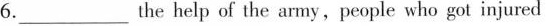
6. ___ the help of the army,people who got injured